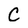
Character: C